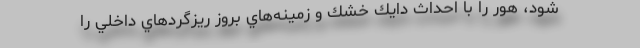
شود، هور را با احداث دايك خشك و زمينه‌هاي بروز ريزگردهاي داخلي را